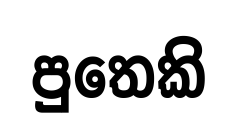
පුතෙකි